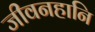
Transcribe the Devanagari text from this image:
जीवनहानि